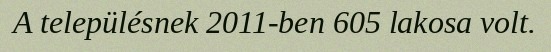
A településnek 2011-ben 605 lakosa volt.